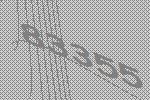
83355